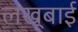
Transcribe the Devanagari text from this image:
लखूबाई